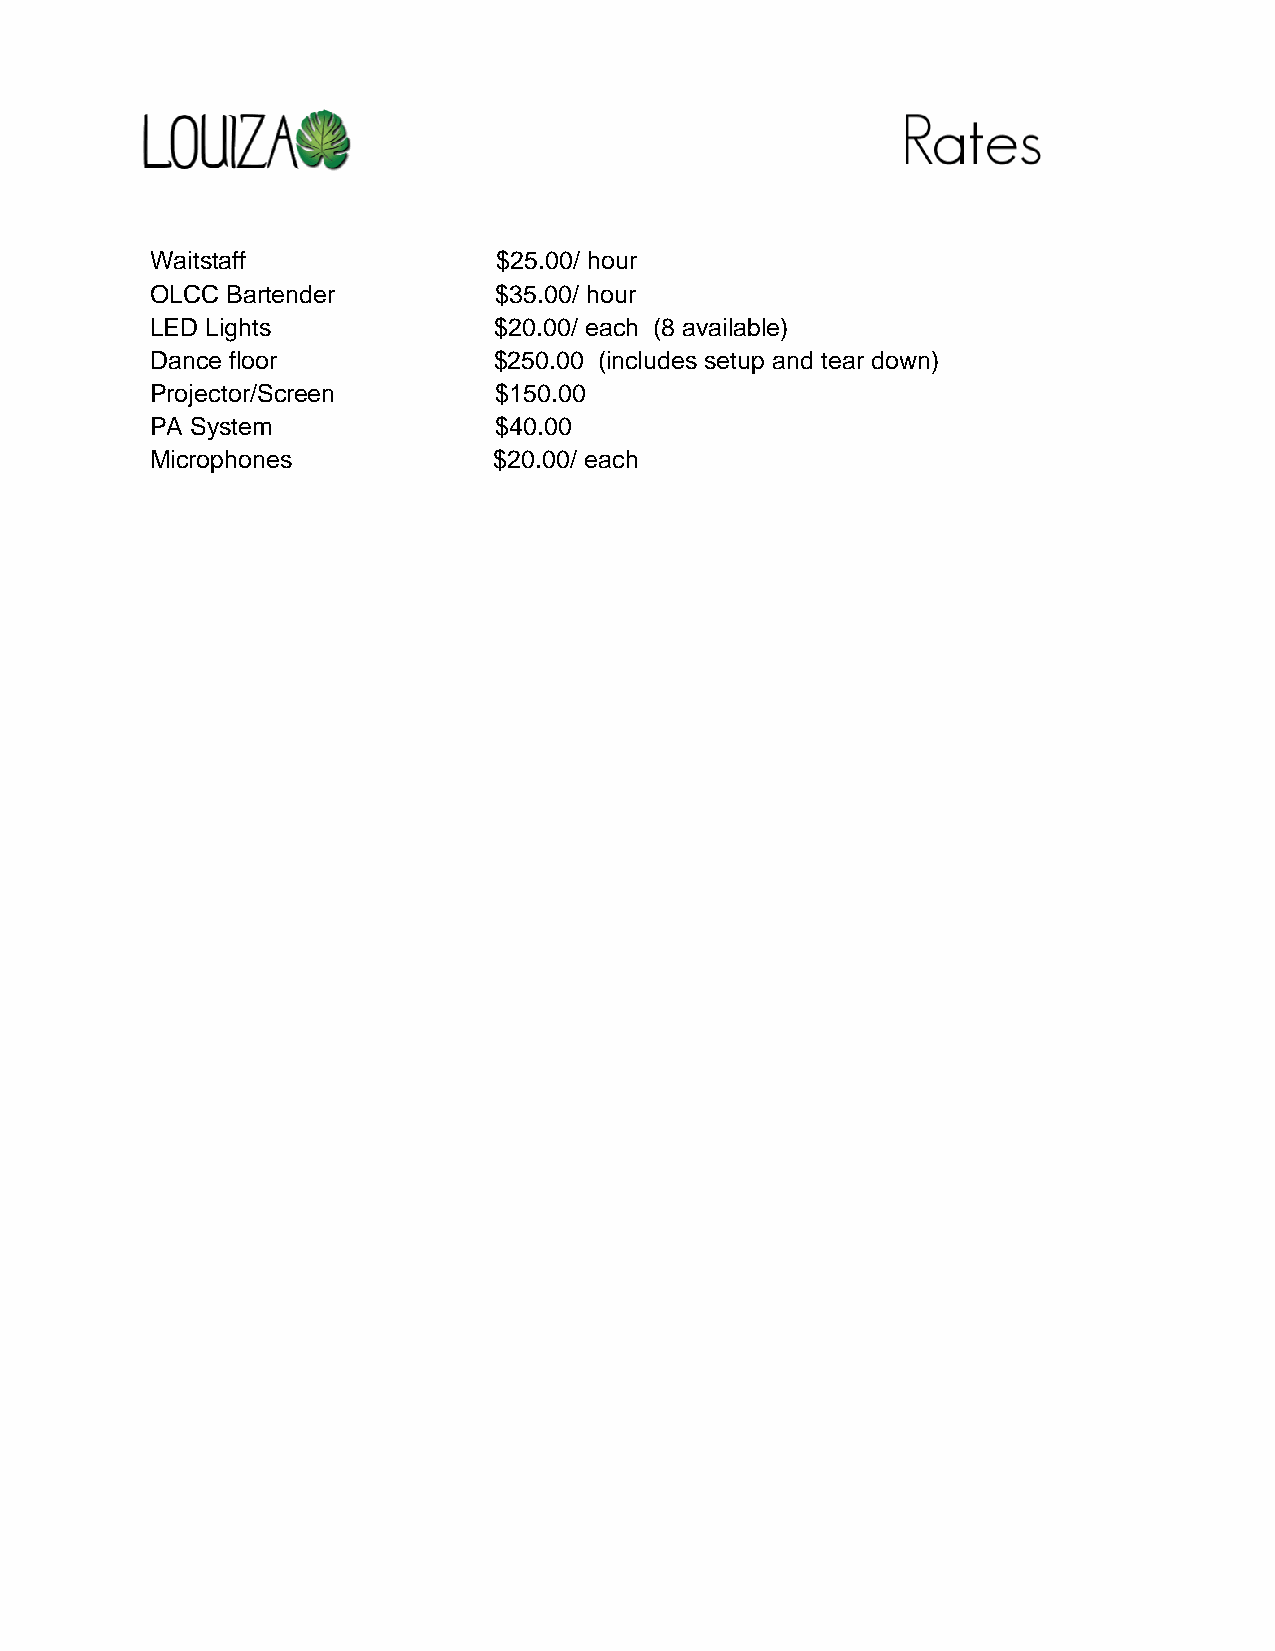
Waitstaff              $25.00/ hour
 OLCC Bartender         $35.00/ hour
 LED Lights             $20.00/ each (8 available)
 Dance floor            $250.00 (includes setup and tear down)
 Projector/Screen       $150.00
 PA System              $40.00
 Microphones            $20.00/ each